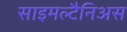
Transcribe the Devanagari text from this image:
साइमल्टैनिअस